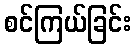
စင်ကြယ်ခြင်း